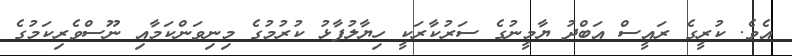
އެވެ. ކުރީގެ ރައީސް އަބްދު ޔާމީނުގެ ސަރުކާރަކީ ހިޔާލުފާޅު ކުރުމުގެ މިނިވަންކަމާއި ނޫސްވެރިކަމުގެ